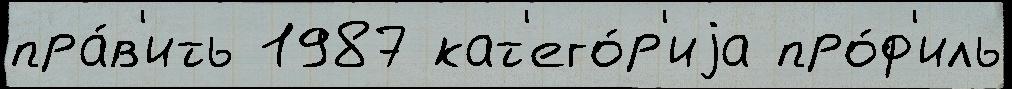
пра́в'ить 1987 кат'его́р'иjа про́ф'иль